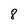
Character: 8